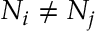
N _ { i } \neq N _ { j }